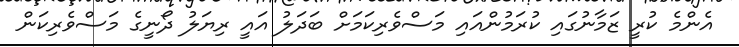
އެންމެ ކުރީ ޒަމާނުގައި ކުރަމުންއައި މަސްވެރިކަމަށް ބަދަލު އައީ ރިޔަލު ދޯނީގެ މަސްވެރިކަން